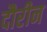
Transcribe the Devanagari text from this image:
दौरीन